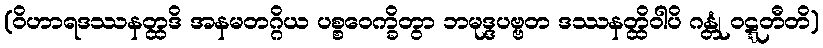
(ဝိဟာရဒဿနတ္ထဒိ အနမတဂ္ဂိယ ပစ္စဝေက္ခိတွာ ဘမုဒ္ဒပဗ္ဗတ ဒဿနတ္ထိဝါပိ ဂန္တုံ ဝဋ္ဋတီတိ)